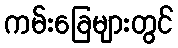
ကမ်းခြေများတွင်